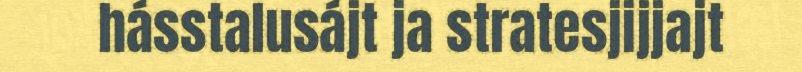
hásstalusájt ja stratesjijjajt